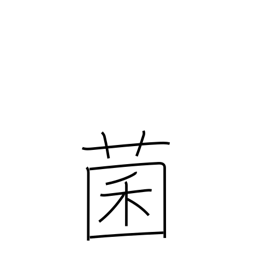
Meaning: bacteria